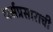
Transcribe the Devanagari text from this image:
धर्मप्रसाराची